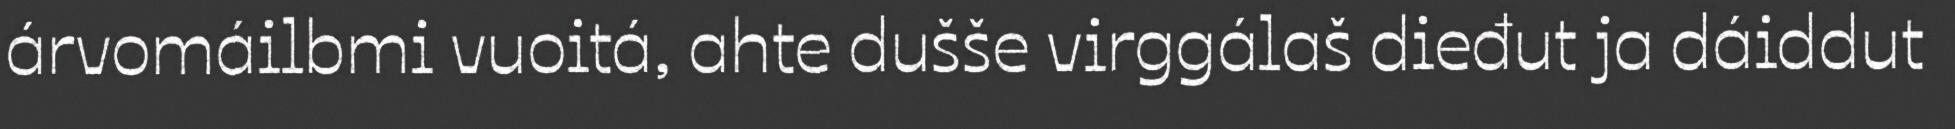
árvomáilbmi vuoitá, ahte dušše virggálaš dieđut ja dáiddut